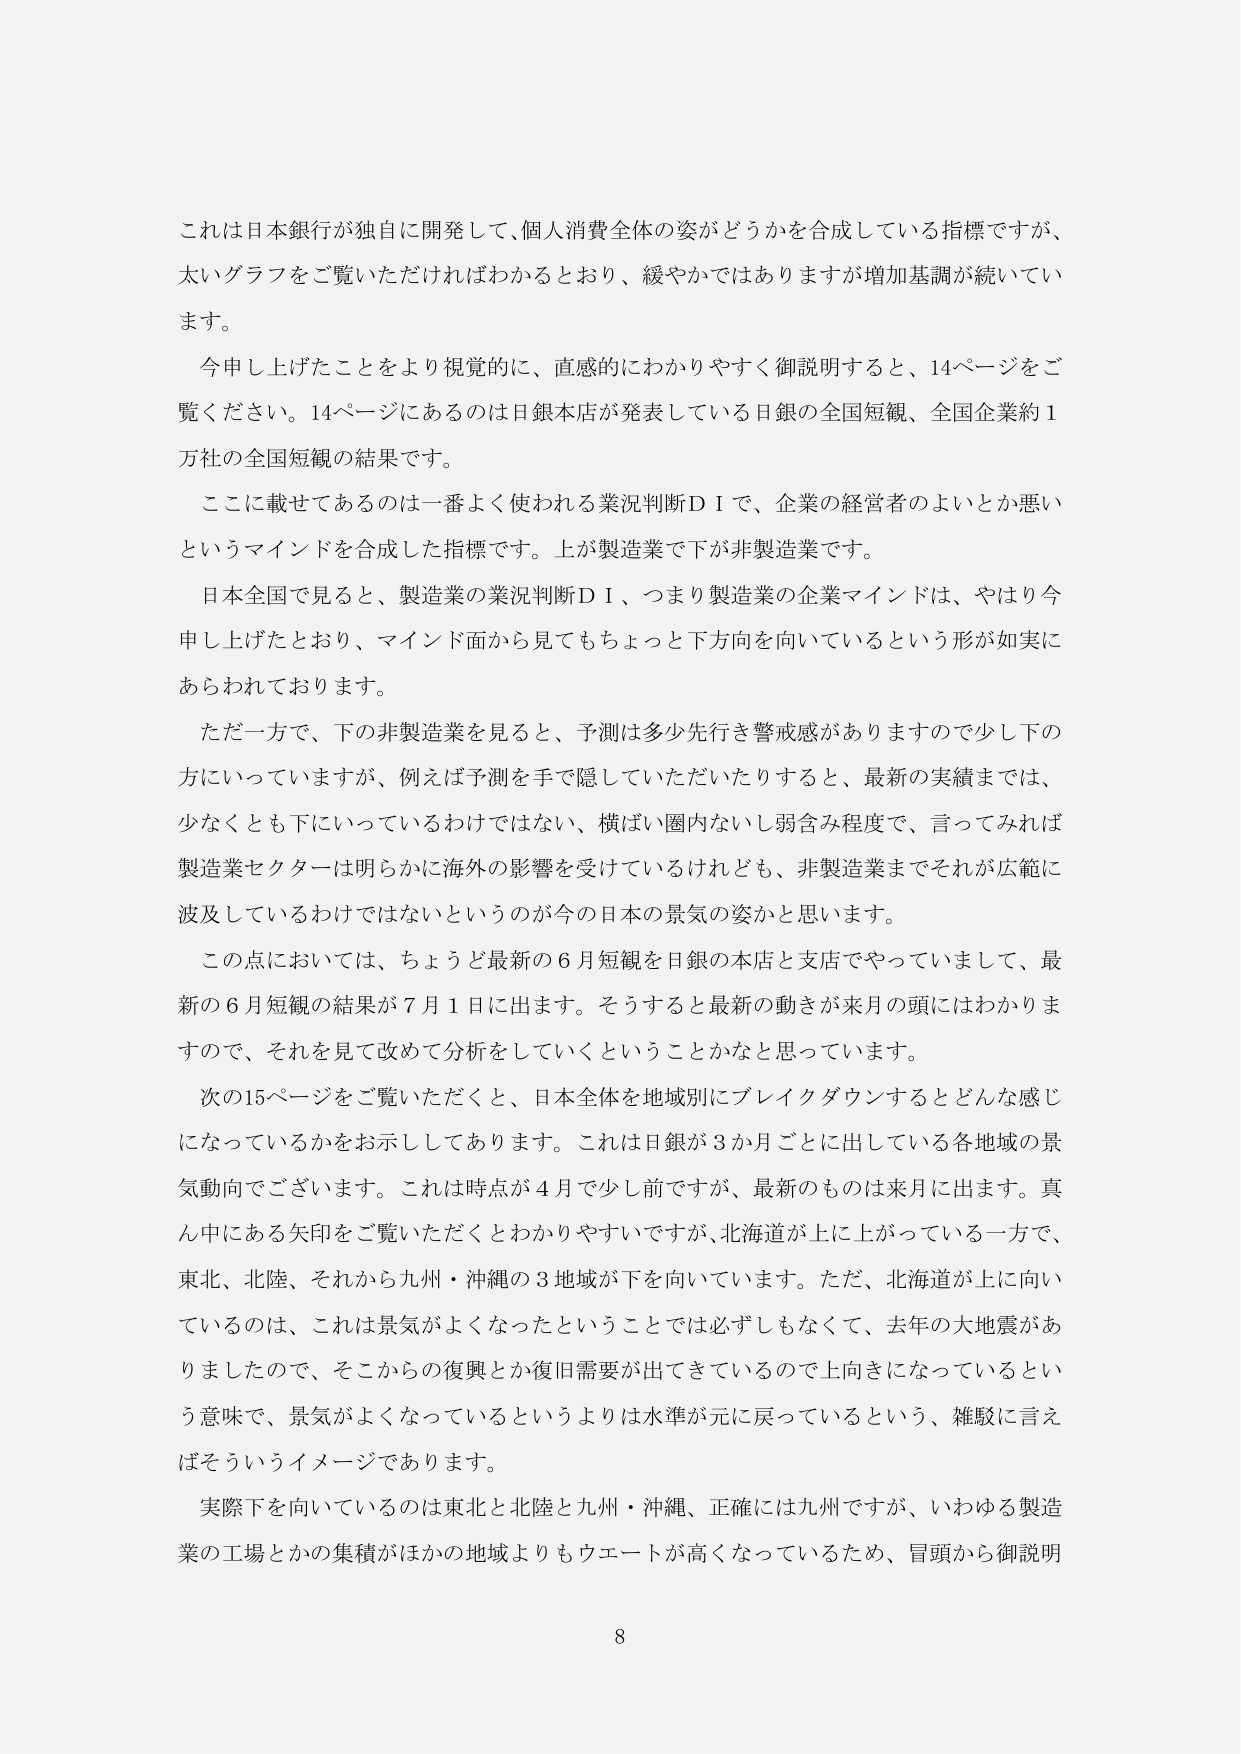
これは日本銀行が独自に開発して、個人消費全体の姿がどうかを合成している指標ですが、
太いグラフをご覧いただければわかるとおり、緩やかではありますが増加基調が続いてい
ます。
今申し上げたことをより視覚的に、直感的にわかりやすく御説明すると、14ページをご
覧ください。14ページにあるのは目銀本店が発表している日銀の全国短観、全国企業約1
万社の全国短観の結果です。
ここに載せてあるのは一番よく使われる業況判断ＤＩで、企業の経営者のよいとか悪い
というマインドを合成した指標です。上が製造業で下が非製造業です。
日本全国で見ると、製造業の業況判断ＤＩ、つまり製造業の企業マインドは、やはり今
申し上げたとおり、マインド面から見てもちょっと下方向を向いているという形が如実に
あらわれております。
ただ一方で、下の非製造業を見ると、予測は多少先行き警戒感がありますので少し下の
方にいっていますが、例えば予測を手で隠していただいたりすると、最新の実績までは、
少なくとも下にいっているわけではない、横ばい圏内ないし弱含み程度で、言ってみれば
製造業セクターは明らかに海外の影響を受けているけれども、非製造業までそれが広範に
波及しているわけではないというのが今の日本の景気の姿かと思います。
この点においては、ちょうど最新の6月短観を日銀の本店と支店でやっていまして、最
新の6月短観の結果が7月1日に出ます。そうすると最新の動きが来月の頭にはわかりま
すので、それを見て改めて分析をしていくということかなと思っています。
次の15ページをご覧いただくと、日本全体を地域別にブレイクダウンするとどんな感じ
になっているかをお示ししてあります。これは日銀が3か月ごとに出している各地域の景
気動向でございます。これは時点が4月で少し前ですが、最新のものは来月に出ます。真
ん中にある矢印をご覧いただくとわかりやすいですが、北海道が上に上がっている一方で、
東北、北陸、それから九州・沖縄の3地域が下を向いています。ただ、北海道が上に向い
ているのは、これは景気がよくなったということでは必ずしもなくて、去年の大地震があ
りましたので、そこからの復興とか復旧需要が出てきているので上向きになっているとい
う意味で、景気がよくなっているというよりは水準が元に戻っているという、雑駁に言え
ばそういうイメージであります。
実際下を向いているのは東北と北陸と九州・沖縄、正確には九州ですが、いわゆる製造
業の工場とかの集積がほかの地域よりもウエートが高くなっているため、冒頭から御説明

8